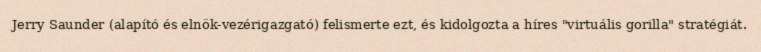
Jerry Saunder (alapító és elnök-vezérigazgató) felismerte ezt, és kidolgozta a híres "virtuális gorilla" stratégiát.